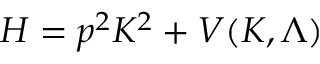
H = p ^ { 2 } K ^ { 2 } + V ( K , { \mit \Lambda } )